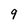
Character: 9